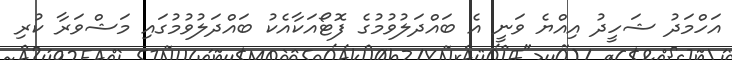
އަހްމަދު ޝަހީދު އިއްޔެ ވަނީ އެ ބައްދަލުވުމުގެ ފޮޓޯއަކާއެކު ބައްދަލުވުމުގައި މަޝްވަރާ ކުރި